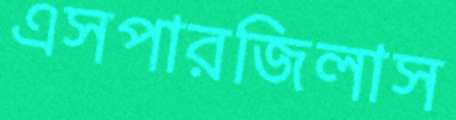
এসপারজিলাস